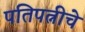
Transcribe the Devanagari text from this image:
पतिपत्नीचे